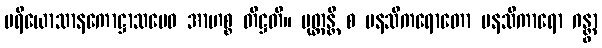
ပရိယောသာနကောဋ္ဌာသမေဝ အာဟစ္စ တိဋ္ဌတိ။ မုတ္တန္တိ စ မနသိကရောတော မနသိကာရော ဂန္တွာ